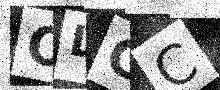
Text: OLCC